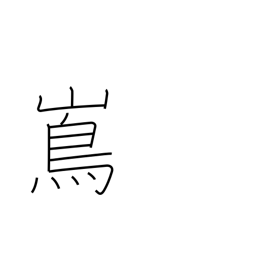
Meaning: island